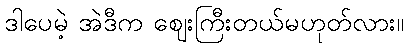
ဒါပေမဲ့ အဲဒီက ဈေးကြီးတယ်မဟုတ်လား။